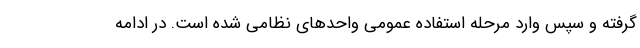
گرفته و سپس وارد مرحله استفاده عمومی واحدهای نظامی شده است. در ادامه